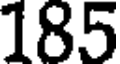
185